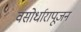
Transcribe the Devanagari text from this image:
वसोर्धारापूजन